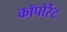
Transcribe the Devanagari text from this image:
कॉपोर्रेट